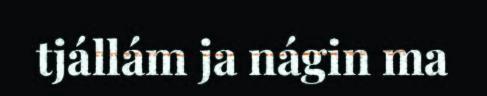
tjállám ja nágin ma